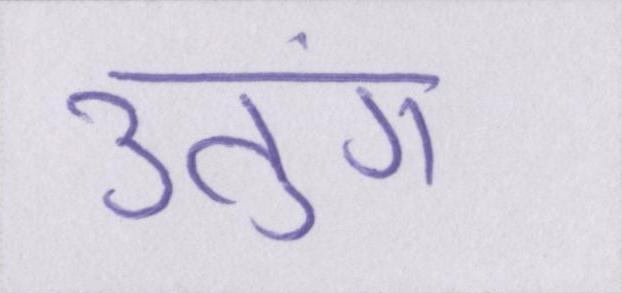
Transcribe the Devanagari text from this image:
उतुंग